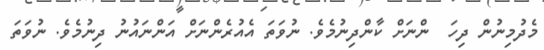
މެދުމިނުން ދިހަ  ންނަށް ކާންދިނުމެވެ. ނުވަތަ އެއުރެންނަށް އަންނައުނު ދިނުމެވެ. ނުވަތަ